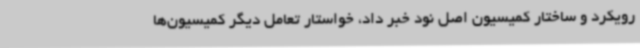
رویکرد و ساختار کمیسیون اصل نود خبر داد، خواستار تعامل دیگر کمیسیون‌ها